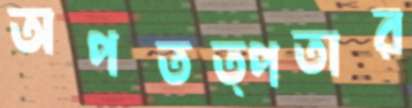
অপতত্পতার